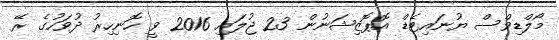
މޯލްޑިވްސް ޔުނައިޓެޑް އޮޕޮޒިޝަނުން 23 ޖުލައި 2016 ވީ ހޮނިހިރު ދުވަހުގެ ރޭ